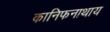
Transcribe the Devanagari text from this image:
कानिफनाथाय